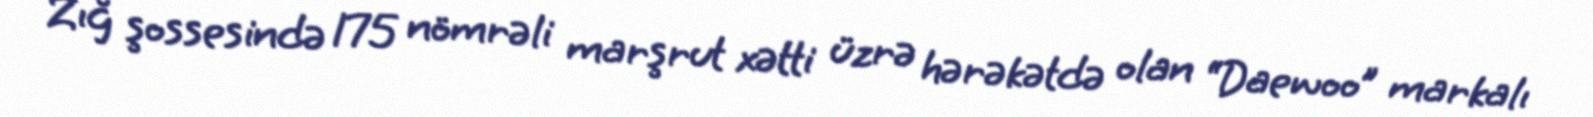
Zığ şossesində 175 nömrəli marşrut xətti üzrə hərəkətdə olan “Daewoo” markalı